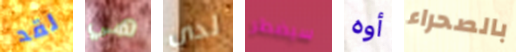
لقد هي لدي سيضطر أوه بالصحراء